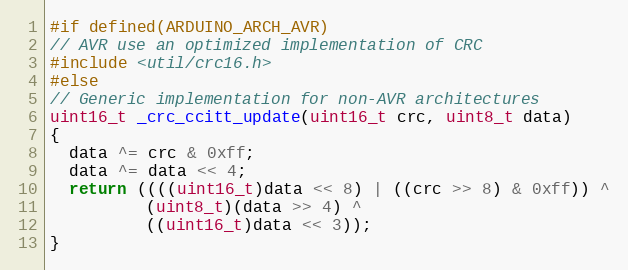
Language: C++
#if defined(ARDUINO_ARCH_AVR)
// AVR use an optimized implementation of CRC
#include <util/crc16.h>
#else
// Generic implementation for non-AVR architectures
uint16_t _crc_ccitt_update(uint16_t crc, uint8_t data)
{
  data ^= crc & 0xff;
  data ^= data << 4;
  return ((((uint16_t)data << 8) | ((crc >> 8) & 0xff)) ^
          (uint8_t)(data >> 4) ^
          ((uint16_t)data << 3));
}